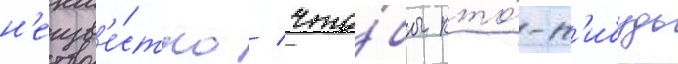
н'еизв'е́стно / что́бы кто́-н'ибудь